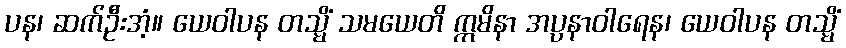
ပန၊ ဆက်ဦးအံ့။ ယေဝါပန တသ္မိံ သမယေတိ ဣမိနာ အပ္ပနာဝါရေန၊ ယေဝါပန တသ္မိံ